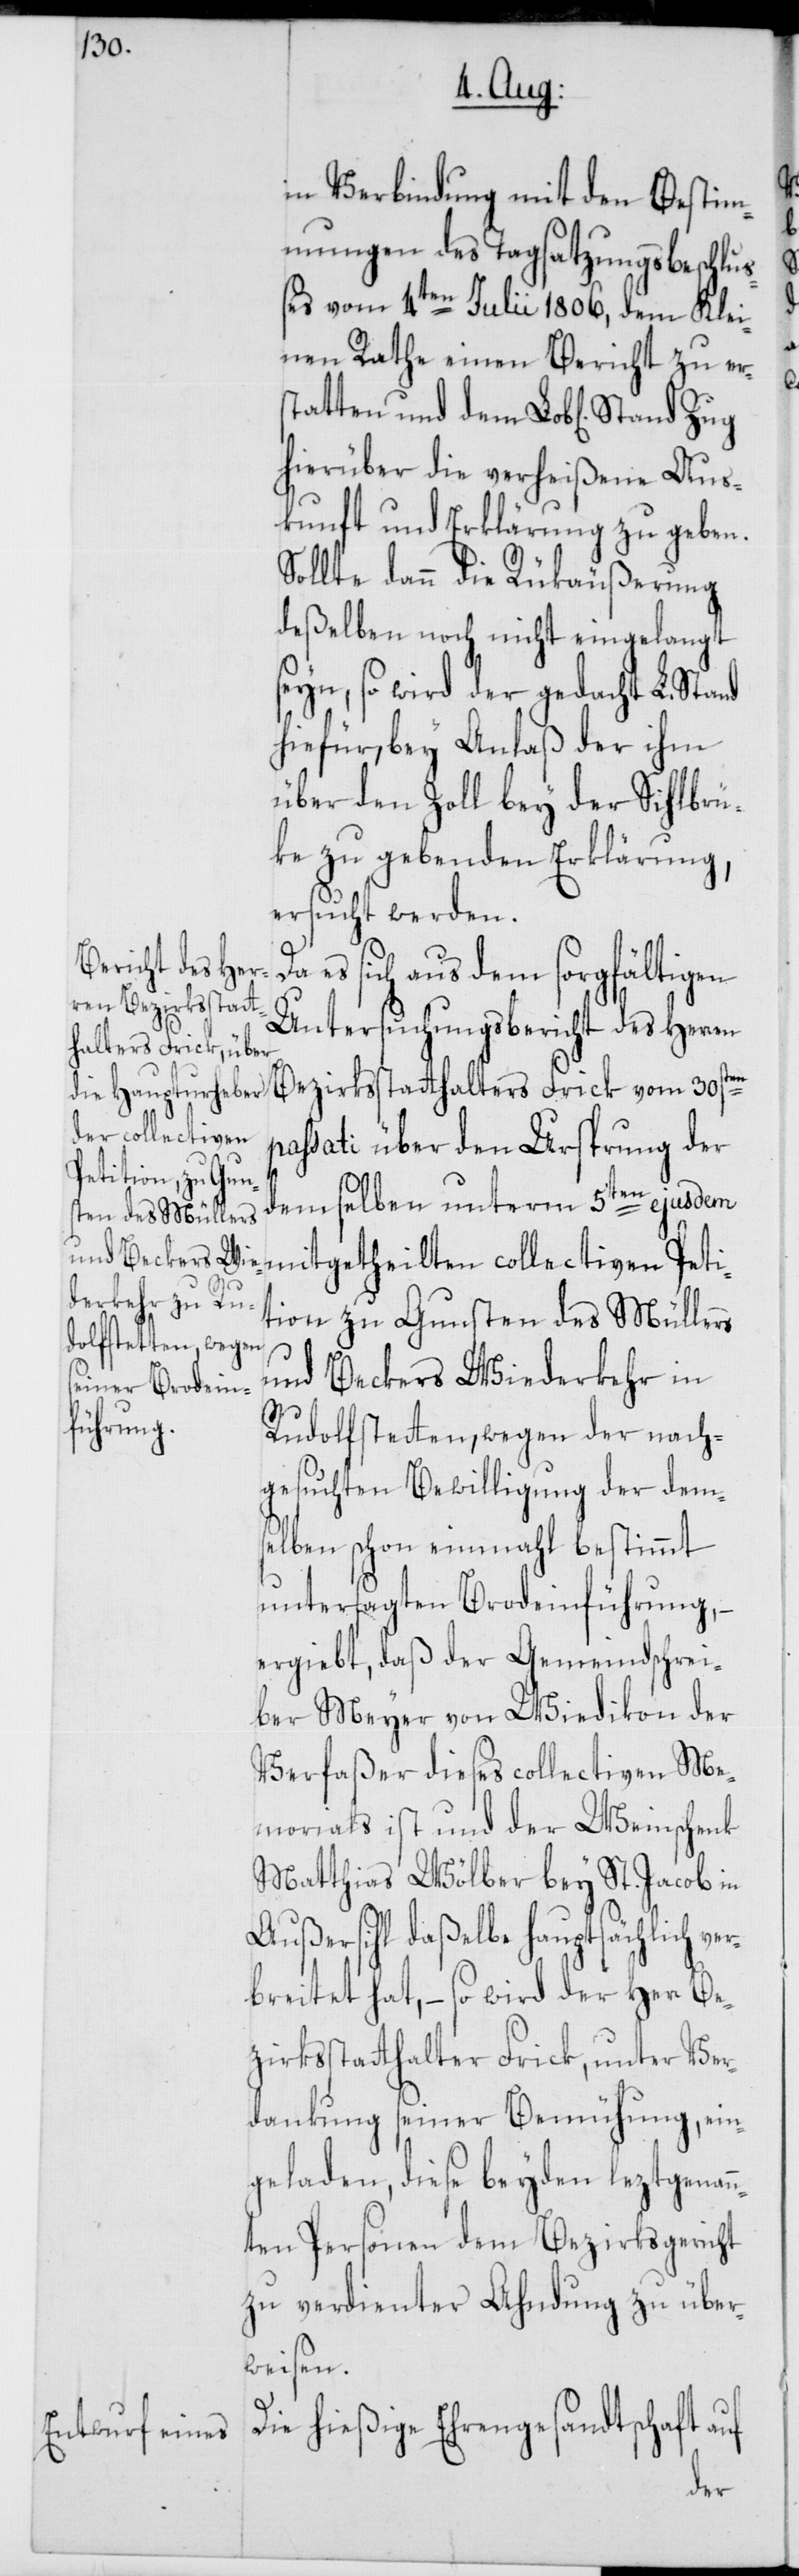
in Verbindung mit den Bestim¬
mungen des Tagsatzungsbeschluß¬
es vom 4ten Julii 1806, dem Klei¬
nen Rathe einen Bericht zu er¬
statten und dem Lob[lichen] Stand
hierüber die verheißene Aus¬
kunft und Erklärung zu geben.
Sollte dann die Rükäußerung
deßelben noch nicht eingelangt
seyn, so wird der gedacht L. Stand
hiefür, bey Anlaß der ihm
über den Zoll bey der Sihlbrü¬
ke zu gebenden Erklärung,
ersucht werden.
es sich aus dem sorgfältigen
Untersuchungsbericht des Herren
Bezirksstatthalters Frick vom 30sten
lten collectiven
assati über den Ursprung der
Petition zu Guns¬
demselben unterm 5ten ejusdem
ten des Müllers
und Beckers Wiederkehr in
Rudolfstetten, wegen der nach¬
gesuchten Bewilligung der dems¬
elben schon einmahl bestimmt
untersagten Brodeinführung,
ergiebt, daß der Gemeindschrei¬
ber Meyer von Wiedikon der
Verfaßer dieses collectiven Me¬
morials ist und der Weinschenk
Matthias Wölber bey St. Jacob in
Außersihl daßelbe hauptsächlich ve¬
rbreitet hat, – so wird der Herr Be¬
zirksstatthalter Frick, unter Ver¬
dankung seiner Bemühung, ein¬
geladen, diese beyden leztgenan¬
nten Personen dem Bezirksgericht
zu verdienter Ahndung zu über¬
weisen.
Die hießige Ehrengesandtschaft auf
hei¬